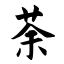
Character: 荼